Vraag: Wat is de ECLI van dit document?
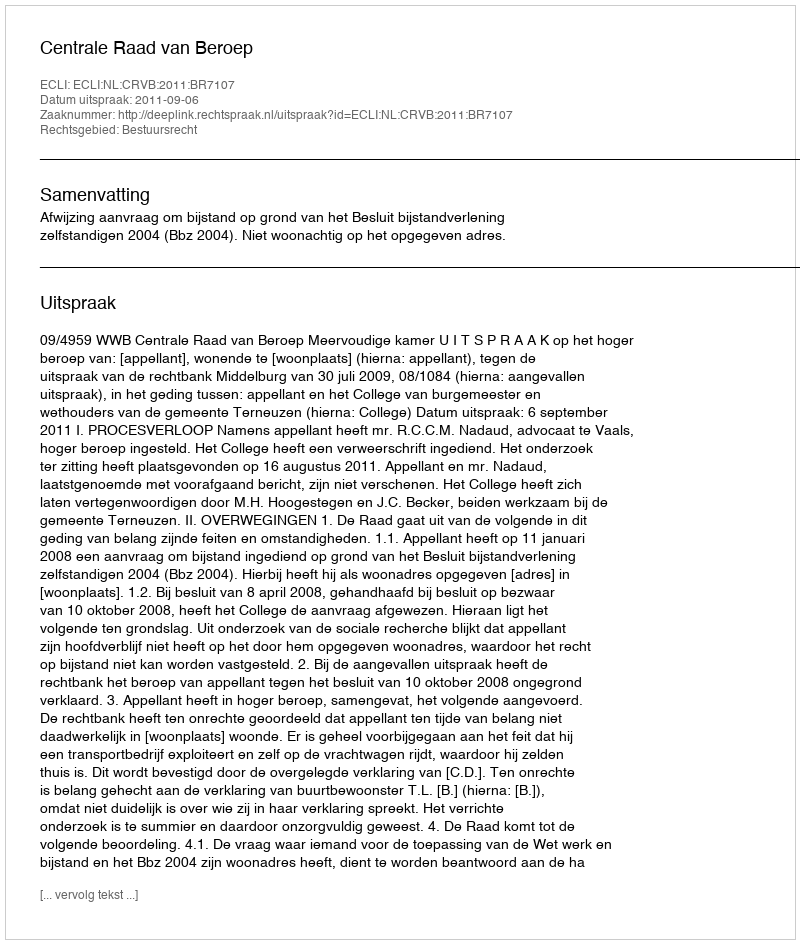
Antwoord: ECLI:NL:CRVB:2011:BR7107